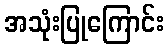
အသုံးပြုကြောင်း